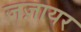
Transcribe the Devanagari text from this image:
जज़ायर